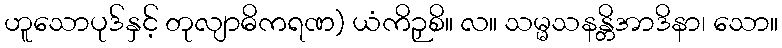
ဟူသောပုဒ်နှင့် တုလျာဓိကရဏ) ယံကိဉှစိ။ လ။ သမ္မသနန္တိအာဒိနာ၊ သော။